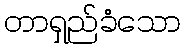
တာရှည်ခံသော